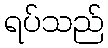
ရပ်သည်